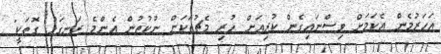
އަހަރުމެން އެކަމަށް ވިސްނައިގެން ކުރިއަށް ހުރި މެޗުތަކަށް ނުކުތުން އެންމެ ރަނގަޅު ގޮތަކީ"